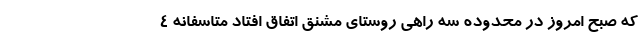
که صبح امروز در محدوده سه راهی روستای مشنق اتفاق افتاد متاسفانه ۴